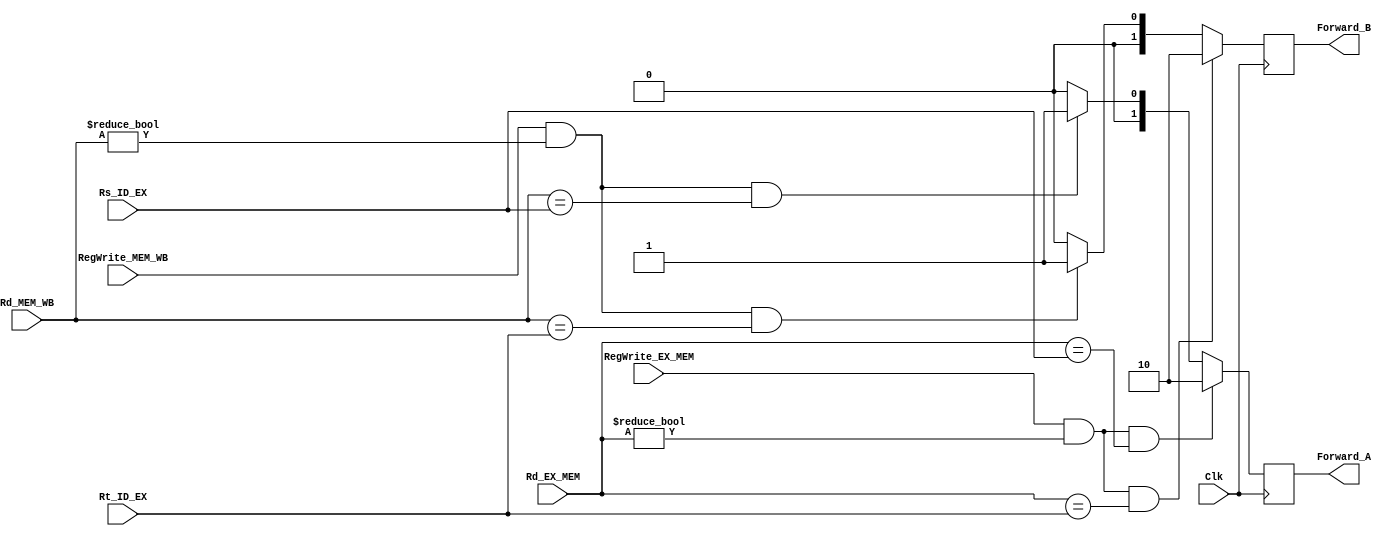
module Forwarding_Unit( Clk, RegWrite_EX_MEM, RegWrite_MEM_WB, Rs_ID_EX, Rt_ID_EX, Rd_EX_MEM, Rd_MEM_WB, Forward_A, Forward_B  );

  input            Clk, RegWrite_EX_MEM, RegWrite_MEM_WB;
  input      [4:0] Rs_ID_EX, Rt_ID_EX, Rd_EX_MEM, Rd_MEM_WB;

  output reg [1:0] Forward_A, Forward_B;

  always @( posedge Clk )
  begin

    if( RegWrite_EX_MEM && ( Rd_EX_MEM != 5'b0 ) && ( Rd_EX_MEM == Rs_ID_EX ) )
      Forward_A = 2'b10;

    else if( RegWrite_MEM_WB && ( Rd_MEM_WB != 5'b0 ) && ( Rd_MEM_WB == Rs_ID_EX ) )    
      Forward_A = 2'b01; 

    else
      Forward_A = 2'b00; 

  end

  always @( posedge Clk )
  begin

    if( RegWrite_EX_MEM && ( Rd_EX_MEM != 5'b0 ) && ( Rd_EX_MEM == Rt_ID_EX ) )
      Forward_B = 2'b10;

    else if( RegWrite_MEM_WB && ( Rd_MEM_WB != 5'b0 ) && ( Rd_MEM_WB == Rt_ID_EX ) )    
      Forward_B = 2'b01;

    else
      Forward_B = 2'b00;
        
  end

endmodule